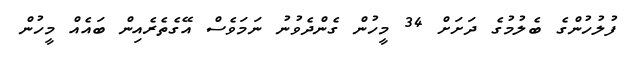
ފުލުހުންގެ ބެލުމުގެ ދަށަށް 34 މީހުން ގެންދެވުނު ނަމަވެސް އޭގެތެރެއިން ބައެއް މީހުން